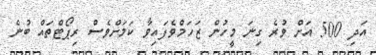
އަދި 500 އަށް ވުރެ ގިނަ މީހުން ޒަހަމްވެފައިވާ ކަަމަށްވެސް ރިޕޯޓްތައް ބުނެ